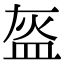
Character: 盔